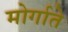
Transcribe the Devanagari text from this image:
मोर्गाते